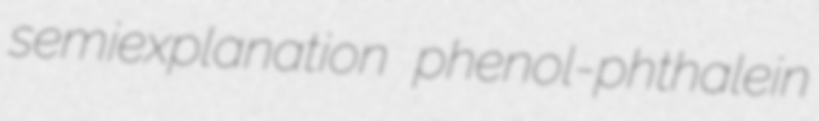
semiexplanation phenol-phthalein